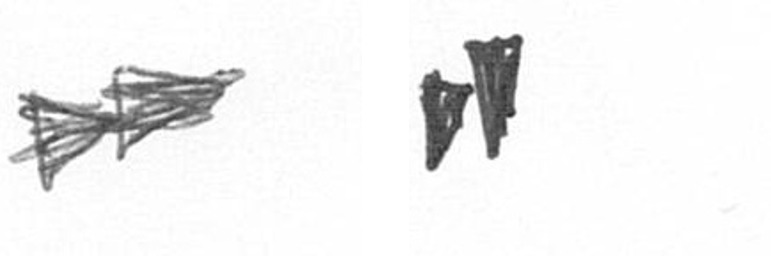
A M